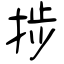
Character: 捗